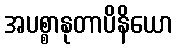
အပစ္စာနုတာပိနိယော